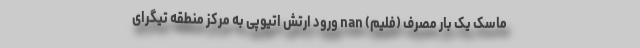
ماسک يک بار مصرف (فلیم) nan ورود ارتش اتیوپی به مرکز منطقه تیگرای